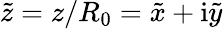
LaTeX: \tilde{z}=z/R_{0}=\tilde{x}+\mathrm{i}\tilde{y}